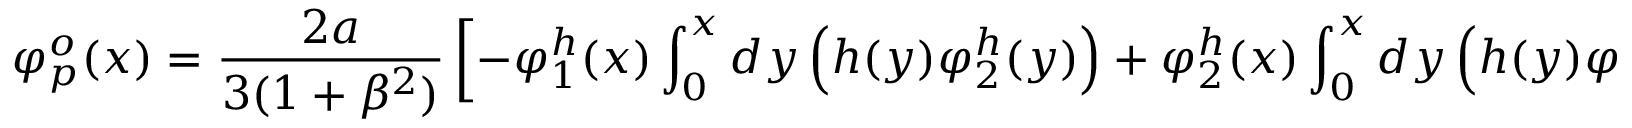
\varphi _ { p } ^ { o } ( x ) = { \frac { 2 a } { 3 ( 1 + \beta ^ { 2 } ) } } \left[ - \varphi _ { 1 } ^ { h } ( x ) \int _ { 0 } ^ { x } d y \left( h ( y ) \varphi _ { 2 } ^ { h } ( y ) \right) + \varphi _ { 2 } ^ { h } ( x ) \int _ { 0 } ^ { x } d y \left( h ( y ) \varphi _ { 1 } ^ { h } ( y ) \right) \right] ,